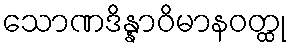
သောဏဒိန္နာဝိမာနဝတ္ထု